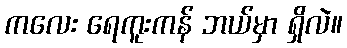
ကလေး ရေကူးကန် ဘယ်မှာ ရှိလဲ။